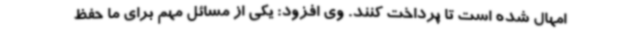
امهال شده است تا پرداخت کنند. وی افزود: یکی از مسائل مهم برای ما حفظ